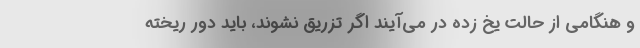
و هنگامی از حالت یخ زده در می‌آیند اگر تزریق نشوند، باید دور ریخته